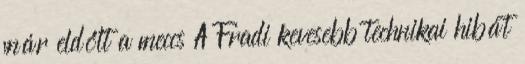
már eldőlt a meccs A Fradi kevesebb technikai hibát